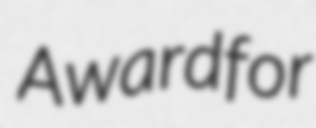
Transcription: Award for